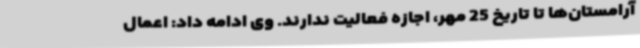
آرامستان‌ها تا تاریخ 25 مهر، اجازه فعالیت ندارند. وی ادامه داد: اعمال